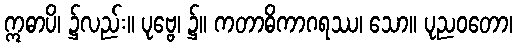
ဣဓာပိ၊ ၌လည်း။ ပုဗ္ဗေ၊ ၌။ ကတာဓိကာဂရဿ၊ သော။ ပုညဝတော၊